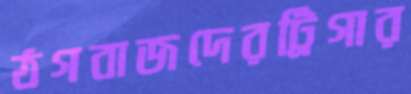
ঠগবাজদেরট্রিগার